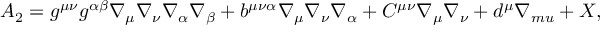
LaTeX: A _ { 2 } = g ^ { \mu \nu } g ^ { \alpha \beta } \nabla _ { \mu } \nabla _ { \nu } \nabla _ { \alpha } \nabla _ { \beta } + b ^ { \mu \nu \alpha } \nabla _ { \mu } \nabla _ { \nu } \nabla _ { \alpha } + C ^ { \mu \nu } \nabla _ { \mu } \nabla _ { \nu } + d ^ { \mu } \nabla _ { m u } + X ,